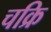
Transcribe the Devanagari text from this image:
चक्रि